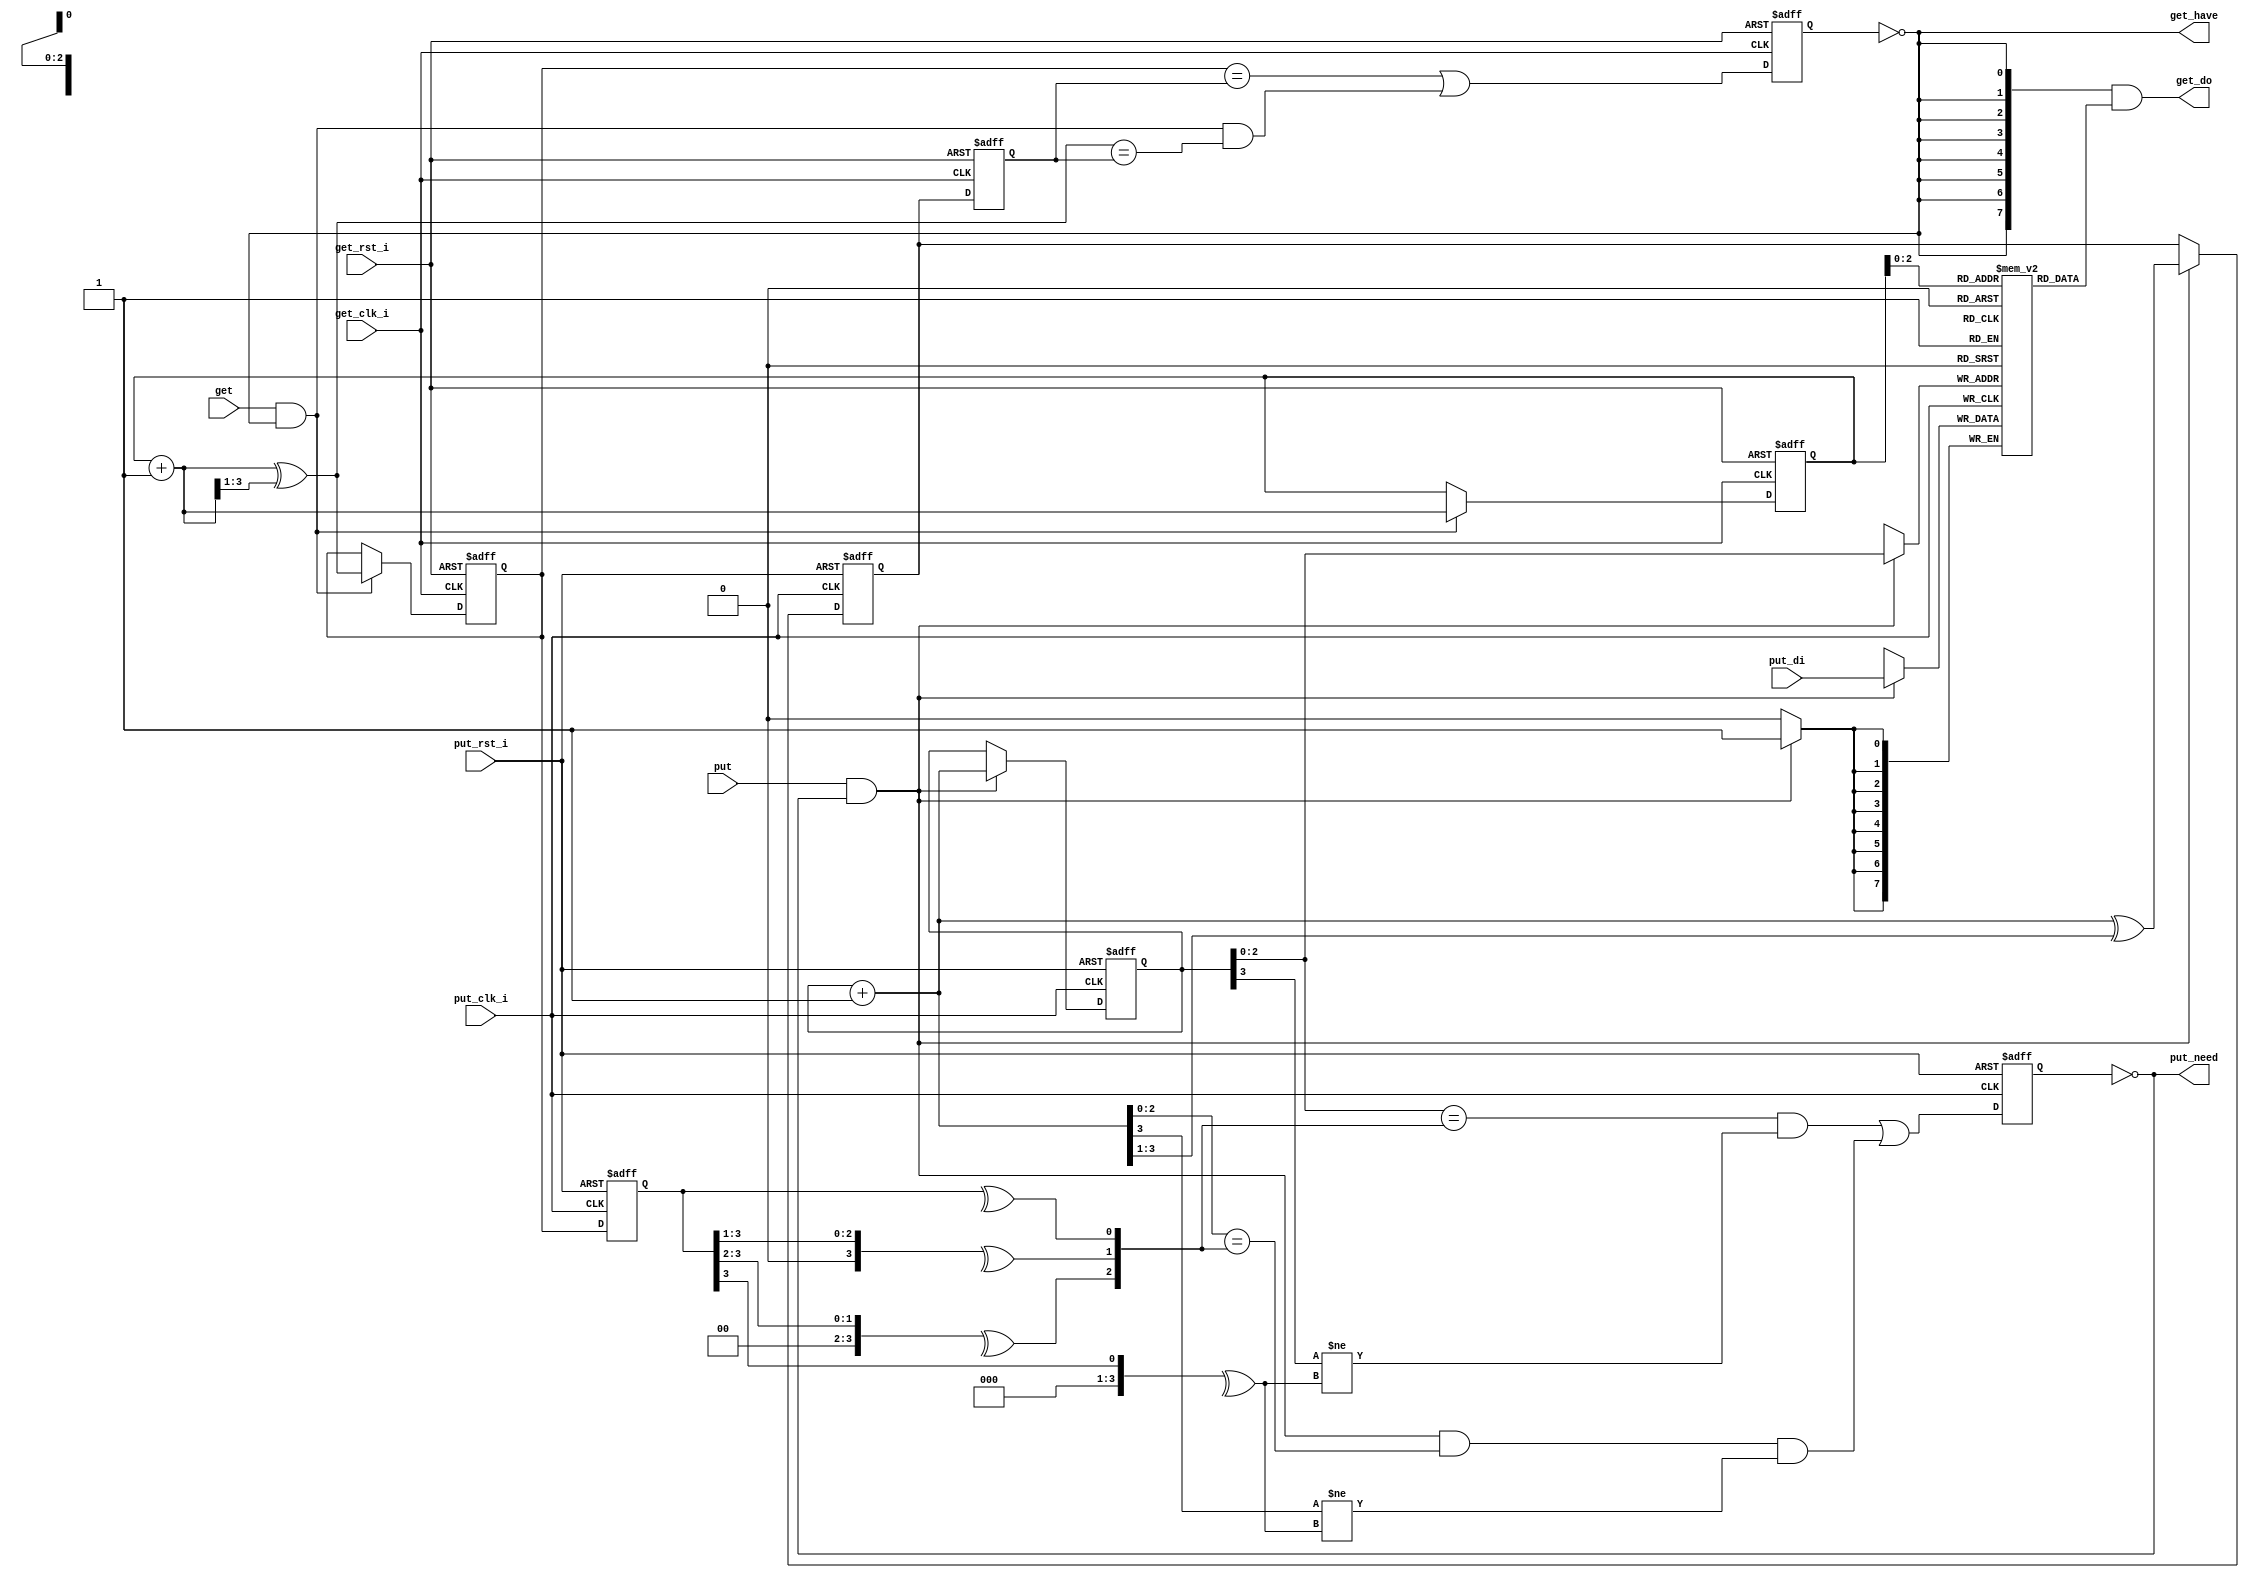
//////////////////////////////////////////////////////////////////////
////                                                              ////
//// bc_fifo_basic.v                                              ////
////                                                              ////
//// This file is part of the boundaries opencores effort.        ////
//// <http://www.opencores.org/cores/boundaries/>                 ////
////                                                              ////
//// Module Description:                                          ////
////                                                              ////
//// Asynchronous Boundary Crossing FIFO                          ////
////                                                              ////
//// 2 Parameters: Address Width, Data Width                      ////
////   Data storage is internally inferred.                       ////
////   Protected against read-while-empty and write-while-full    ////
////   The minimum address width (AW) is 2.                       ////
////                                                              ////
//// To Do:                                                       ////
//// Verify in silicon.                                           ////
////                                                              ////
//// Author(s):                                                   ////
//// - Shannon Hill                                               ////
////   (based on the generic_fifo_dc_gray design from             ////
////    Rudolf Usselmann.  This variant infers its own            ////
////    data storage, defends itself against write-while-full     ////
////    and read-while-empty, and forces its output data to 0     ////
////    when empty.)                                              ////
////                                                              ////
//////////////////////////////////////////////////////////////////////
////                                                              ////
//// Copyright (C) 2004 Shannon Hill and OPENCORES.ORG            ////
////                                                              ////
//// This source file may be used and distributed without         ////
//// restriction provided that this copyright statement is not    ////
//// removed from the file and that any derivative work contains  ////
//// the original copyright notice and the associated disclaimer. ////
////                                                              ////
//// This source file is free software; you can redistribute it   ////
//// and/or modify it under the terms of the GNU Lesser General   ////
//// Public License as published by the Free Software Foundation; ////
//// either version 2.1 of the License, or (at your option) any   ////
//// later version.                                               ////
////                                                              ////
//// This source is distributed in the hope that it will be       ////
//// useful, but WITHOUT ANY WARRANTY; without even the implied   ////
//// warranty of MERCHANTABILITY or FITNESS FOR A PARTICULAR      ////
//// PURPOSE. See the GNU Lesser General Public License for more  ////
//// details.                                                     ////
////                                                              ////
//// You should have received a copy of the GNU Lesser General    ////
//// Public License along with this source; if not, download it   ////
//// from <http://www.opencores.org/lgpl.shtml>                   ////
////                                                              ////
//////////////////////////////////////////////////////////////////////
//
// $Id: bc_fifo_basic.v,v 1.1 2004-07-07 12:41:17 esquehill Exp $
//
// CVS Revision History
//
// $Log: not supported by cvs2svn $
//
//
module bc_fifo_basic( /*AUTOARG*/
// Outputs
get_do, get_have, put_need, 
// Inputs
put_rst_i, get_rst_i, get_clk_i, get, put_clk_i, put_di, put
);

parameter AW=3;  // default address width
parameter DW=8;  // default data width

input            put_rst_i;       // async reset from the put_clk_i domain
input            get_rst_i;       // async reset from the get_clk_i domain

input            get_clk_i;
output [DW-1:0]  get_do;
input            get;
output           get_have;        // fifo has 1 or more

input            put_clk_i;
input  [DW-1:0]  put_di;
input            put;
output           put_need;        // fifo has room for 1 more

reg  [AW  :0]    rp_bin;
reg  [AW  :0]    rp_gra;
reg  [AW  :0]    rp_gra_sync;

reg  [AW  :0]    wp_bin;
reg  [AW  :0]    wp_gra;
reg  [AW  :0]    wp_gra_sync;

reg              put_full;
reg              get_emty;

wire             get_have = ~get_emty;
wire             put_need = ~put_full;

reg  [DW-1:0]    mem [0:(1<<AW)-1];    // fifo data

wire [DW-1:0]    get_do = {DW{get_have}} & mem[ rp_bin[AW-1:0] ]; // output data

//////////////////////////

function [AW:0] bin_to_gray;
input [AW:0] b;
begin
 bin_to_gray = b ^ (b>>1);
end
endfunction

//////////////////////////

function [AW:0] gray_to_bin;
input [AW:0] g;
reg   [AW:0] b;
integer      i;
begin
 for( i=0; i<=AW; i=i+1 ) b[i] = ^(g>>i);
 gray_to_bin = b;
end
endfunction

////////////////////////////
// in the get_clk_i domain
////////////////////////////

wire [AW  :0] rp_bin_add1 = rp_bin + 1'd1;
wire [AW  :0] rp_gra_add1 = bin_to_gray( rp_bin_add1 );
//
// get the gray-coded write pointer over to the get_clk_i domain
//
always @( posedge get_clk_i or posedge get_rst_i ) // put_clk_i to get_clk_i boundary crossing
if( get_rst_i )
      wp_gra_sync  <= 0;
else  wp_gra_sync  <= wp_gra;

//
// convert the sampled graycode read pointer to binary
//
// wire [AW  :0] wp_bin_sync = gray_to_bin( wp_gra_sync );

// compare the write pointer and read pointer
//
// set  empty when: getting AND the next read pointer == the current write pointer
// hold empty when: read pointer == write pointer
// clr  empty when: read pointer no longer equal to write pointer
//
always @( posedge get_clk_i or posedge get_rst_i )
if( get_rst_i )
begin
     rp_bin   <= 0;
     rp_gra   <= 0;
     get_emty <= 1'b1;
end
else
begin

     get_emty <=       ( rp_gra      == wp_gra_sync )  |
   ( get & ~get_emty & ( rp_gra_add1 == wp_gra_sync ) );

 if( get & ~get_emty )
  begin
     rp_bin   <= rp_bin_add1;
     rp_gra   <= rp_gra_add1;
  end
end

////////////////////////////////
// over in the put_clk_i domain
////////////////////////////////

wire [AW  :0] wp_bin_add1 = wp_bin + 1'd1;
wire [AW  :0] wp_gra_add1 = bin_to_gray( wp_bin_add1 );
//
// get the gray-coded read pointer over to the put_clk_i domain
//
always @( posedge put_clk_i or posedge put_rst_i )  // get_clk_i to put_clk_i boundary crossing
if( put_rst_i )
     rp_gra_sync  <= 0;
else rp_gra_sync  <= rp_gra;
//
// convert the sampled graycode read pointer to binary
//
wire [AW  :0] rp_bin_sync = gray_to_bin( rp_gra_sync );

// compare the read pointer and write pointer
//
// set  full when: putting AND the next write pointer ==  read pointer
// hold full when: full and write pointer == read pointer
// clr  full when: write pointer no longer equal to read pointer
//
always @( posedge put_clk_i or posedge put_rst_i )
if( put_rst_i )
 begin
     wp_bin   <= 0;
     wp_gra   <= 0;
     put_full <= 1'b0;
 end
else
begin
           put_full <=
  (                   ( wp_bin[     AW-1:0] == rp_bin_sync[AW-1:0] ) & ( wp_bin[     AW] != rp_bin_sync[AW] ) ) |
  ( put & ~put_full & ( wp_bin_add1[AW-1:0] == rp_bin_sync[AW-1:0] ) & ( wp_bin_add1[AW] != rp_bin_sync[AW] ) );

if( put & ~put_full )
 begin
     wp_bin   <= wp_bin_add1;
     wp_gra   <= wp_gra_add1;
 end
end

always @( posedge put_clk_i )
if( put & ~put_full ) mem[ wp_bin[AW-1:0] ] <= put_di;  // do the data write

endmodule